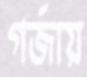
গর্‌জায়